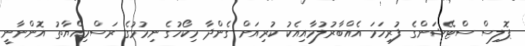
ޕޮލިސް ސްޓޭޝަންގެ ފުރިހަމަ އެއްބާރުލުމާއިއެކު ކުރިއަށް ގެންދާ މިކޯހުގެ ނިމުމުގެ ރަސްމިއްޔާތު އޮންނާނީ